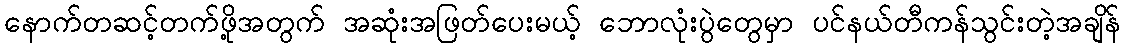
နောက်တဆင့်တက်ဖို့အတွက် အဆုံးအဖြတ်ပေးမယ့် ဘောလုံးပွဲတွေမှာ ပင်နယ်တီကန်သွင်းတဲ့အချိန်